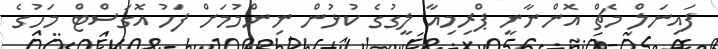
ފައިނަލް މެޗް އޮންނާނީ ޕްރިމިއާ ލީގުގެ ކުޅުން ނިންމުމަށް ފަހު އޮގަސްޓް މަހުގެ